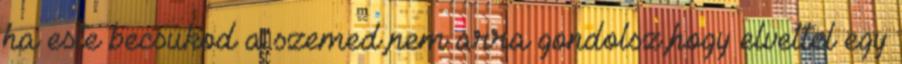
ha este becsukod a szemed,nem arra gondolsz,hogy elvettel egy